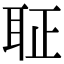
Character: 聇